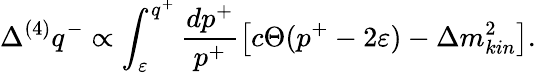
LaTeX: \Delta^{(4)}q^{-}\propto\int_{\varepsilon}^{q^{+}}\frac{dp^{+}}{p^{+}}\left[c\Theta(p^{+}-2\varepsilon)-\Delta m_{kin}^{2}\right].